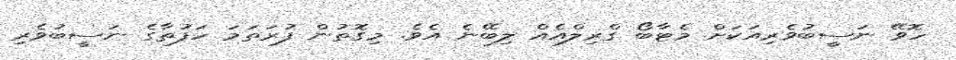
ހޮވޭ ނަސީބުވެރިއަކަށް މެޓާބޯ ގްރިލްއެއް ލިބޭނެ އެވެ. މިގޮތުން ފުރަތަމަ ހަފުތާގެ ނަސީބުވެރި